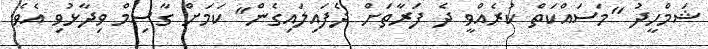
ޝަމްހީދު "މަސައްކަތް ކުރެއްވީ ދެ ފަރާތަށް ދެފައިލައިގެން" ކަމަށް ގާސިމް ވިދާޅުވި އެވެ.